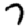
Digit: 7